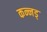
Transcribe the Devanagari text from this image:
कन्नड्